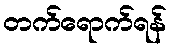
တက်ရောက်ရန်